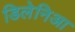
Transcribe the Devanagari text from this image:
डिलेनिआ